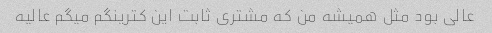
عالی بود مثل همیشه من که مشتری ثابت این کترینگم میگم عالیه